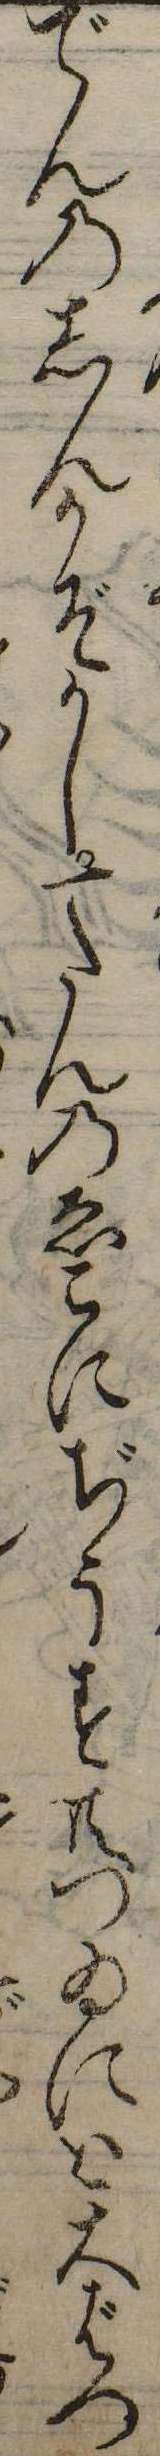
でんのしんかぞかし一たんのゑこにぢうす共つゐには天ばつ